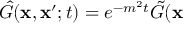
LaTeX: \hat { G } ( \mathbf { x } , \mathbf { x } ^ { \prime } ; t ) = e ^ { - m ^ { 2 } t } \tilde { G } ( \mathbf { x }